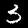
Digit: 3